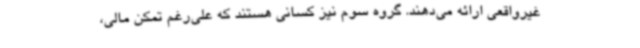
غیرواقعی ارائه می‌دهند. گروه سوم نیز کسانی هستند که علی‌رغم تمکن مالی،